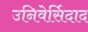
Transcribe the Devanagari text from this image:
उनिवेर्सिदाद